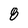
Character: 8